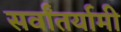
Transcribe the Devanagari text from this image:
सर्वांतर्यामी